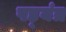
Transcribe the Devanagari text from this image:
षड़्यंत्र